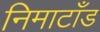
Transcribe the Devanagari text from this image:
निमाटाँड